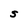
Character: S